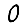
Digit: 0